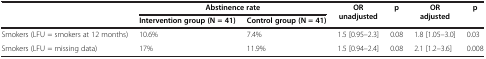
<table><thead><tr><td rowspan="2"><b> </b></td><td colspan="2"><b>Abstinence rate</b></td><td rowspan="2"><b>OR unadjusted</b></td><td rowspan="2"><b>p</b></td><td rowspan="2"><b>OR adjusted</b></td><td rowspan="2"><b> p</b></td></tr><tr><td><b>Intervention group (N = 41)</b></td><td><b>Control group (N = 41)</b></td></tr></thead><tbody><tr><td>Smokers (LFU = smokers at 12 months)</td><td>10.6%</td><td>7.4%</td><td>1.5 [0.95–2.3]</td><td>0.08</td><td>1.8 [1.05–3.0]</td><td>0.03</td></tr><tr><td>Smokers (LFU = missing data)</td><td>17%</td><td>11.9%</td><td>1.5 [0.94–2.4]</td><td>0.08</td><td>2.1 [1.2–3.6]</td><td>0.008</td></tr></tbody></table>